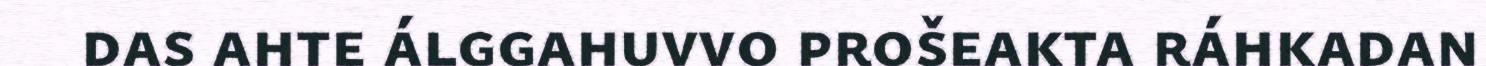
das ahte álggahuvvo prošeakta ráhkadan